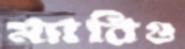
ম্যারিও